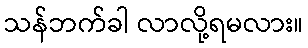
သန်ဘက်ခါ လာလို့ရမလား။